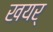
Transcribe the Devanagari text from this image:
खयर्